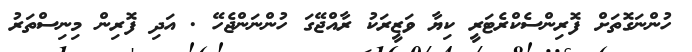
ހުންނަގޮތަށް ފޮރިންސެކްރެޓަރީ ކިޔާ ވަޒީރަކު ރާއްޖޭގަ ހުންނަންޖެހޭ . އަދި ފޮރިން މިނިސްތަރު